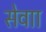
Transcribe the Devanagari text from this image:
सेवाा